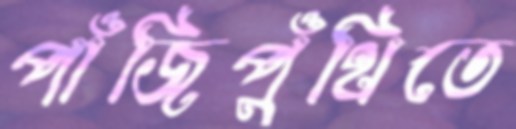
পাঁজিপুঁথিতে